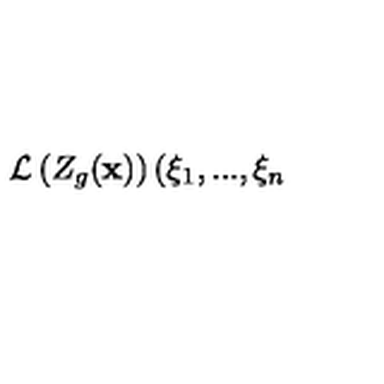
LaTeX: \mathcal { L } \left( Z _ { g } ( \mathbf { x } ) \right) ( \xi _ { 1 } , . . . , \xi _ { n }